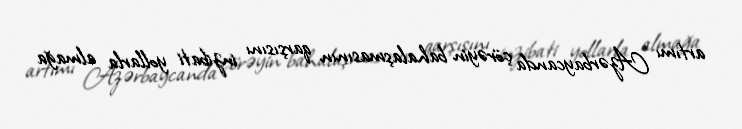
artımı Azərbaycanda çörəyin bahalaşmasının qarşısını inzibati yollarla almağa